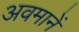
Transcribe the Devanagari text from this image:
अवमानें